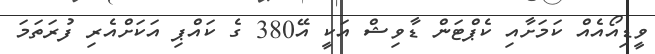
ވީޑިއޯއެއް ކަމަށާއި ކެޕްޓަން ޑާވިޝް އަކީ އޭ380 ގެ ކައްޕި އަކަށްއެރި ފުރަތަމަ